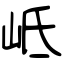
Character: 岻